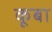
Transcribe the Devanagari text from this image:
कूबा